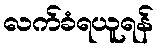
လက်ခံရယူရန်